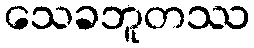
သေခဘူတဿ